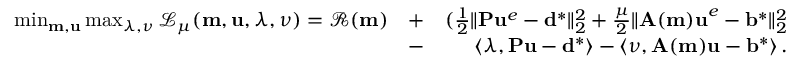
\begin{array} { r l r } { \operatorname* { m i n } _ { \mathbf { m } , \mathbf { u } } \operatorname* { m a x } _ { \boldsymbol { \lambda } , \boldsymbol { \nu } } \mathcal { L } _ { \mu } ( \mathbf { m } , \mathbf { u } , \boldsymbol { \lambda } , \boldsymbol { \nu } ) = \mathcal { R } ( \mathbf { m } ) } & { + } & { ( \frac { 1 } { 2 } \| \mathbf { P } \mathbf { u } ^ { e } - \mathbf { d } ^ { * } \| _ { 2 } ^ { 2 } + \frac { \mu } { 2 } \| \mathbf { A ( m ) u } ^ { e } - \mathbf { b } ^ { * } \| _ { 2 } ^ { 2 } } \\ & { - } & { \left\langle \boldsymbol { \lambda } , \mathbf { P u } - \mathbf { d } ^ { * } \right\rangle - \left\langle \boldsymbol { \nu } , \mathbf { A ( m ) u } - \mathbf { b } ^ { * } \right\rangle . } \end{array}